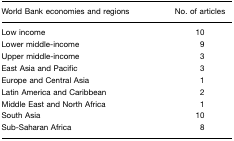
| World Bank economies and regions | No. of articles |
 | --- | --- |
 | Low income | 10 |
 | Lower middle-income | 9 |
 | Upper middle-income | 3 |
 | East Asia and Pacific | 3 |
 | Europe and Central Asia | 1 |
 | Latin America and Caribbean | 2 |
 | Middle East and North Africa | 1 |
 | South Asia | 10 |
 | Sub-Saharan Africa | 8 |